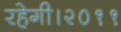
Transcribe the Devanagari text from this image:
रहेगी।२०११